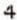
4